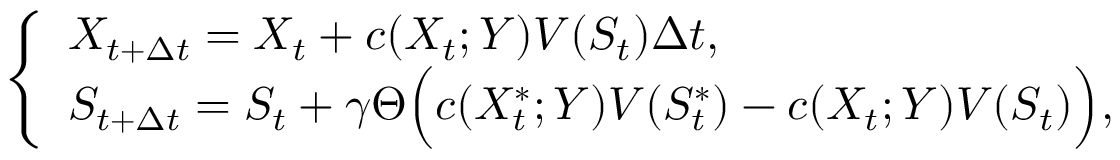
\left\{ \begin{array} { l l } { X _ { t + \Delta { t } } = X _ { t } + c ( X _ { t } ; Y ) V ( S _ { t } ) \Delta { t } , \qquad } \\ { S _ { t + \Delta { t } } = S _ { t } + \gamma \Theta \Bigl ( c ( X _ { t } ^ { \ast } ; Y ) V ( S _ { t } ^ { \ast } ) - c ( X _ { t } ; Y ) V ( S _ { t } ) \Bigr ) , } \end{array} \right.